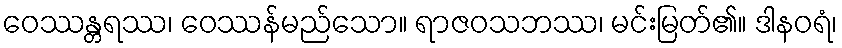
ဝေဿန္တရဿ၊ ဝေဿန်မည်သော။ ရာဇဝသဘဿ၊ မင်းမြတ်၏။ ဒါနဝရံ၊